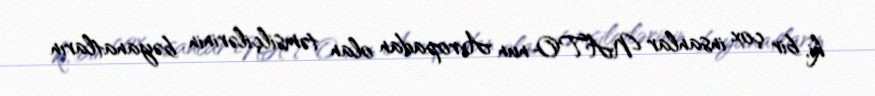
ki, bir çox insanlar NATO-nun Avropadan olan təmsilçilərinin bəyanatların